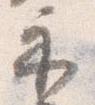
示